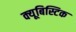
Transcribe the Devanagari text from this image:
क्यूबिस्टिक